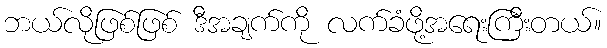
ဘယ်လိုဖြစ်ဖြစ် ဒီအချက်ကို လက်ခံဖို့အရေးကြီးတယ်။